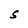
Character: S